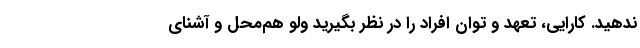
ندهید. کارایی، تعهد و توان افراد را در نظر بگیرید ولو هم‌محل و آشنای